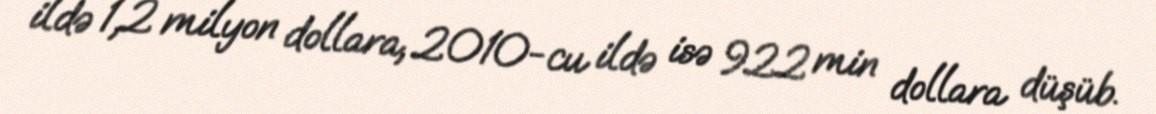
ildə 1,2 milyon dollara, 2010-cu ildə isə 922 min dollara düşüb.